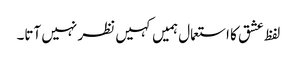
لفظ عشق کا استعمال ہمیں کہیں نظر نہیں آتا۔